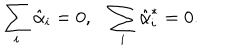
\sum _ { i } \hat { \alpha } _ { i } = 0 , \sum _ { i } \hat { \alpha } _ { i } ^ { * } = 0 .